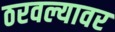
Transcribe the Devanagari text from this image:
ठरवल्यावर